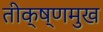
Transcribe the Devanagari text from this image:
तीक्ष्णमुख